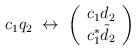
LaTeX: \begin{align*}c_{1} q_{2} \; \leftrightarrow \; \left( \begin{array}{c} c_{1}d_{2} \\c_{1}^{*}\tilde{d}_{2} \end{array} \right)\end{align*}